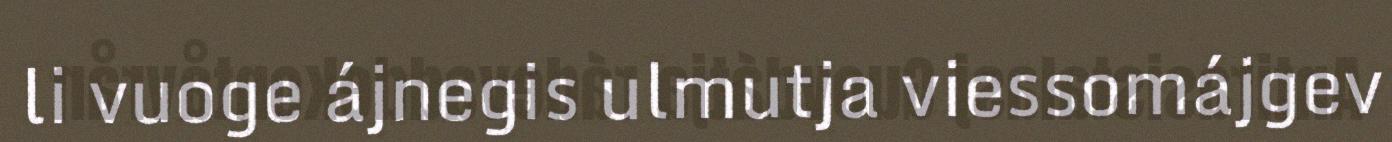
li vuoge ájnegis ulmutja viessomájgev